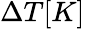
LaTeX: \Delta T[K]